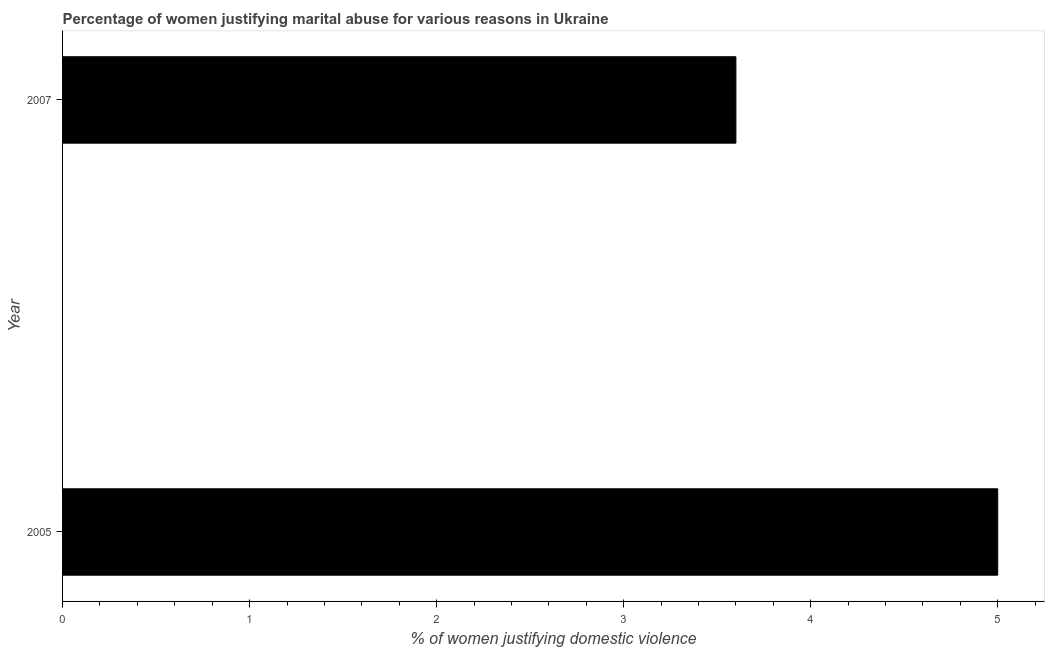
| Year | Physical abuse |
 | --- | --- |
 | 2005 | 5 |
 | 2007 | 3.6 |